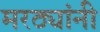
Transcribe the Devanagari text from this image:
मरठ्यांनी